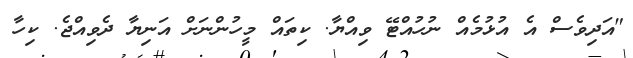
"އަދިވެސް އެ އުޅުމެއް ނުހުއްޓޭ ވިއްޔާ. ކިތައް މީހުންނަށް އަނިޔާ ދެވިއްޖެ. ކިހާ